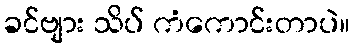
ခင်ဗျား သိပ် ကံကောင်းတာပဲ။